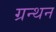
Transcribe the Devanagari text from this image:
ग्रन्थन